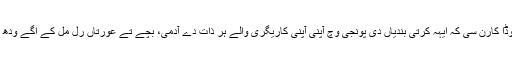
سبھ توں وڈا کارن سی کہ ایہہ کِرتی بندیاں دی پُونجی وچ آپنی آپنی کاریگری والے ہر ذات دے آدمی، بچّے تے عورتاں رل مِل کے اگے ودھ رہے سن۔